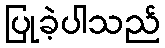
ပြုခဲ့ပါသည်